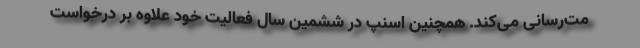
مت‌رسانی می‌کند. همچنین اسنپ در ششمین سال فعالیت خود علاوه بر درخواست